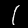
Label: 1